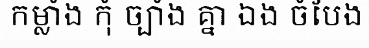
កម្លាំង កុំ ច្បាំង គ្នា ឯង ចំបែង